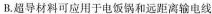
B.超导材料可应用于电饭锅和远距离输电线